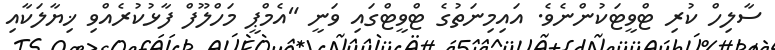
ސާލިހް ކުރި ޓްވީޓަކުންނެވެ. އައިމިނަތުގެ ޓްވީޓްގައި ވަނީ "އެމްޕީ މަހްލޫފް ފާޅުކުރެއްވި ޚިޔާލަކާއި